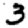
Digit: 3